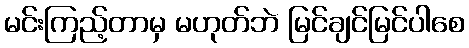
မင်းကြည့်တာမှ မဟုတ်ဘဲ မြင်ချင်မြင်ပါစေ